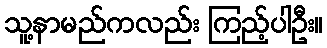
သူ့နာမည်ကလည်း ကြည့်ပါဦး။